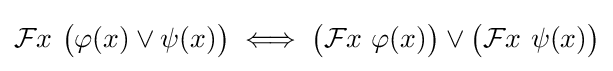
{\mathcal {F}}x\ {\big (}\varphi (x)\lor \psi (x){\big )}\iff {\big (}{\mathcal {F}}x\ \varphi (x){\big )}\lor {\big (}{\mathcal {F}}x\ \psi (x){\big )}